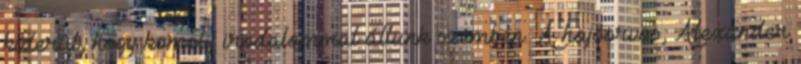
kiderül, hogy komoly irodalommal állunk szemben. A hajóorvos, Alexander